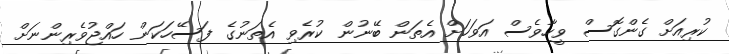
ކުރިއަށް ގެންގޮސް ވީހާވެސް އަވަހަށް އެތަން ބޭނުން ކުރެވި އެތަނުގެ ފަސޭހަކަން ހައްޖުވެރިންނަށް